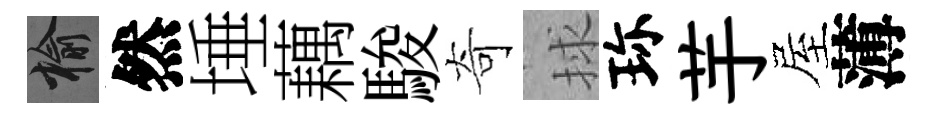
榆然埵藕駿奇捄珎芋屋薄